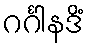
ဂင်္ဂါနဒိံ